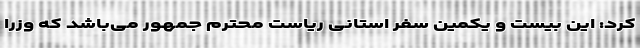
کرد: این بیست و یکمین سفر استانی ریاست محترم جمهور می‌باشد که وزرا